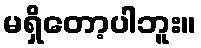
မရှိတော့ပါဘူး။